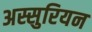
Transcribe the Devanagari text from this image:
अस्सुरियन